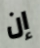
إن